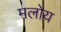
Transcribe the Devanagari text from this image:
मलोय